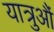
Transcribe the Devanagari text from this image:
यात्रुऔं